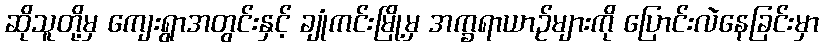
ဆိုသူတို့မှ ကျေးရွာအတွင်းနှင့် ချုံကင်းမြို့မှ အက္ခရာယာဉ်များကို ပြောင်းလဲနေခြင်းမှာ